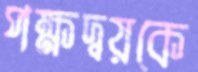
পক্ষদ্বয়কে